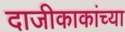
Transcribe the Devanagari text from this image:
दाजीकाकांच्या